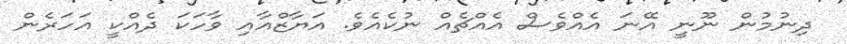
ދިނުމުން ނޫނީ އޭނަ އެއްވެސް އެއްޗެއް ނުކެއެވެ. އަޔާޒްއާއި ވާހަކަ ދެއްކީ އަހަރެން